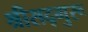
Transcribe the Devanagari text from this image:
श्रीसद्गुरू